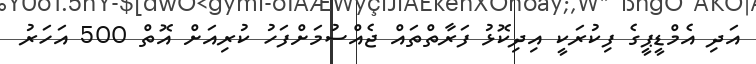
އަދި އެމްޑީޕީގެ ފިކުރަކީ އިދިކޮޅު ފަރާތްތައް ޖެއްސުމަށްފަހު ކުރިއަށް އޮތް 500 އަހަރު